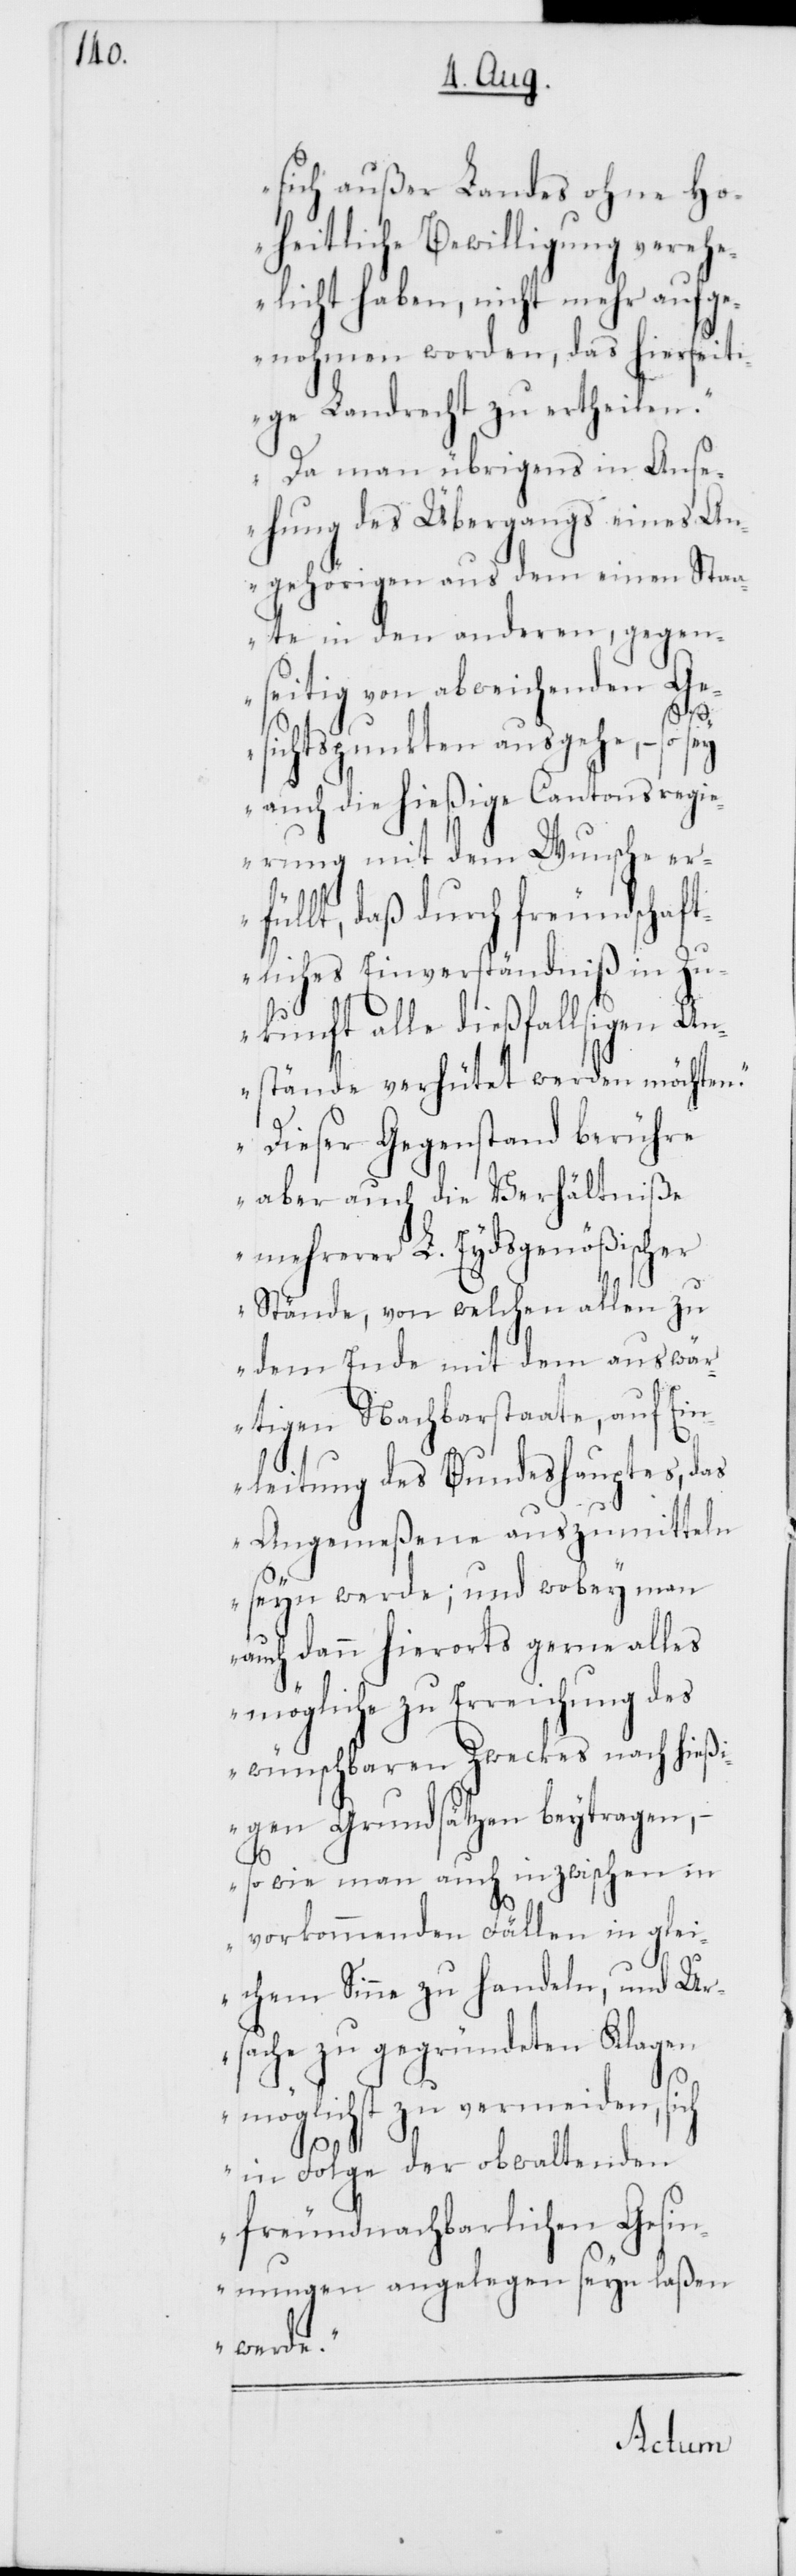
sich außer Landes ohne Ho¬
heitliche Bewilligung vereh¬
elicht haben, nicht mehr aufg¬
enohmen worden, das hierseit¬
ige Landrecht zu ertheilen.“
„Da man übrigens in Ans¬
ehung der Übergangs eines An¬
gehörigen aus dem einen Staa¬
te in den anderen, gegen¬
seitig von abweichenden Ge¬
n.“
sichtspunkten ausgehe, – so
auch die hießige Cantonsregi¬
erung mit dem Wunsche er¬
füllt, daß durch freundschaf¬
tliches Einverständniß in Zu¬
kunft alle dießfallsigen An¬
stände verhütet werden möchte¬
„Dieser Gegenstand berühre
aber auch die Verhältniße
mehrerer L. Eydsgenößischer
zu
Stände, von welchen
dem Ende mit dem
rtigen Nachbarstaate, auf Ein¬
leitung des Bundeshauptes, das
itteln
Angemeßene ausz¬
seyn werde; und wobey man
auch dann hierorts gerne alles
mögliche zu Erreichung des
wünschbaren Zweckes nach hießi¬
ragen,
gen Grundsätzen beyt¬
– so wie man auch inzwischen in
vorkommenden Fällen in glei¬
chem Sinne zu handeln, und Ur¬
sache zu gegründeten Klagen
möglichst zu vermeiden, sich
in Folge der obwaltenden
freundnachbarlichen Gesin¬
nungen angelegen seyn laßen
werde.“